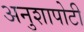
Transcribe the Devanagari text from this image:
अनुशापोटी